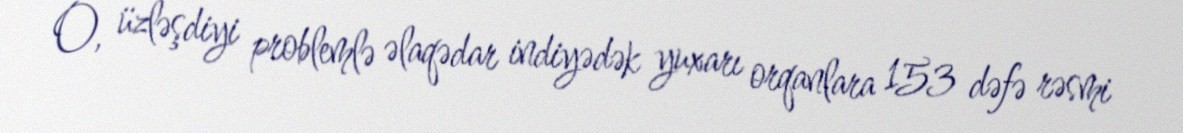
O, üzləşdiyi problemlə əlaqədar indiyədək yuxarı orqanlara 153 dəfə rəsmi